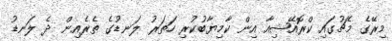
މިރޭގެ މެޗުގައި ކްރޮއޭޝިއާ އިން ކާމިޔާބުކުރި ހަތަރު ލަނޑުގެ ތެރެއިން ދެ ލަނޑު